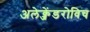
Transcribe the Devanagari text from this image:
अलेक्जेंडरोविच